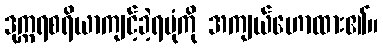
ဒုက္ကရစရိယာကျင့်ခဲ့ရပုံကို အကျယ်ဟောထား၏။